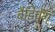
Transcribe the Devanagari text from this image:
बैडिचेंग